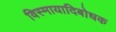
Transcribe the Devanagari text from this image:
विस्मायादिबोधक